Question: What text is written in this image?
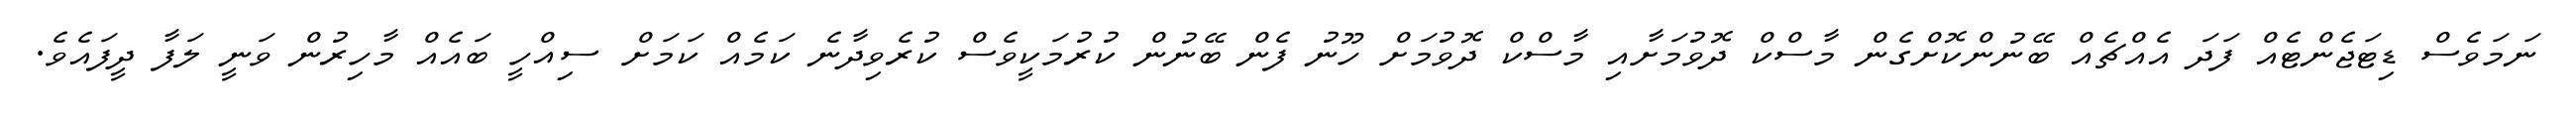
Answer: ނަމަވެސް ޑިޓަޖެންޓެއް ފަދަ އެއްޗެއް ބޭނުންކޮށްގެން މާސްކް ދޮވުމަށާއި މާސްކް ދޮވުމަށް ހޫނު ފެން ބޭނުން ކުރުމަކީވެސް ކުރެވިދާނެ ކަމެއް ކަމަށް ސިއްހީ ބައެއް މާހިރުން ވަނީ ލަފާ ދީފައެވެ.